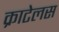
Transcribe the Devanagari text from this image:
क्राटेलस